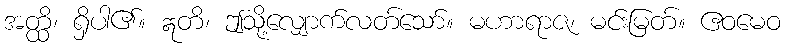
အတ္ထိ၊ ရှိပါ၏။ ဣတိ၊ ဤသို့လျှောက်လတ်သော်။ မဟာရာဇ၊ မင်းမြတ်။ ဧဝမေဝ